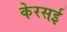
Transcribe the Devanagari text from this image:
केरसई